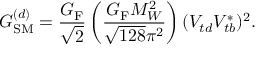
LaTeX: G _ { \mathrm { S M } } ^ { ( d ) } = \frac { G _ { \mathrm { F } } } { \sqrt { 2 } } \left( \frac { G _ { \mathrm { F } } M _ { W } ^ { 2 } } { \sqrt { 1 2 8 } \pi ^ { 2 } } \right) ( V _ { t d } V _ { t b } ^ { \ast } ) ^ { 2 } .